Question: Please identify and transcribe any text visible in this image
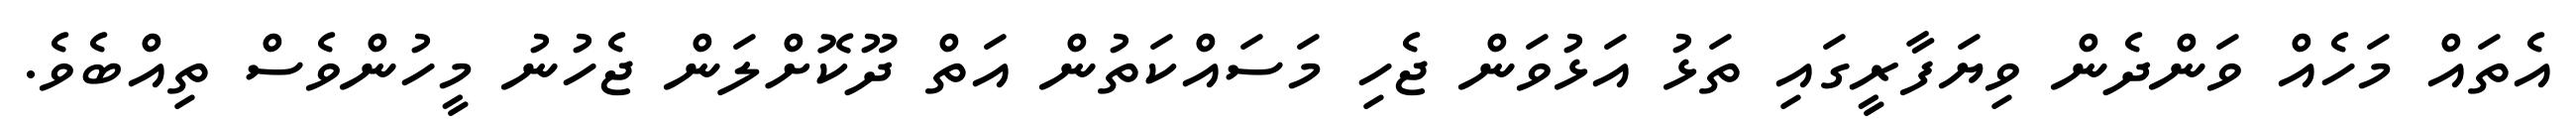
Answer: އެތައް މަހެއް ވަންދެން ވިޔަފާރީގައި ތަޅު އަޅުވަން ޖެހި މަސައްކަތުން އަތް ދޫކޮށްލަން ޖެހުނު މީހުންވެސް ތިއްބެވެ.